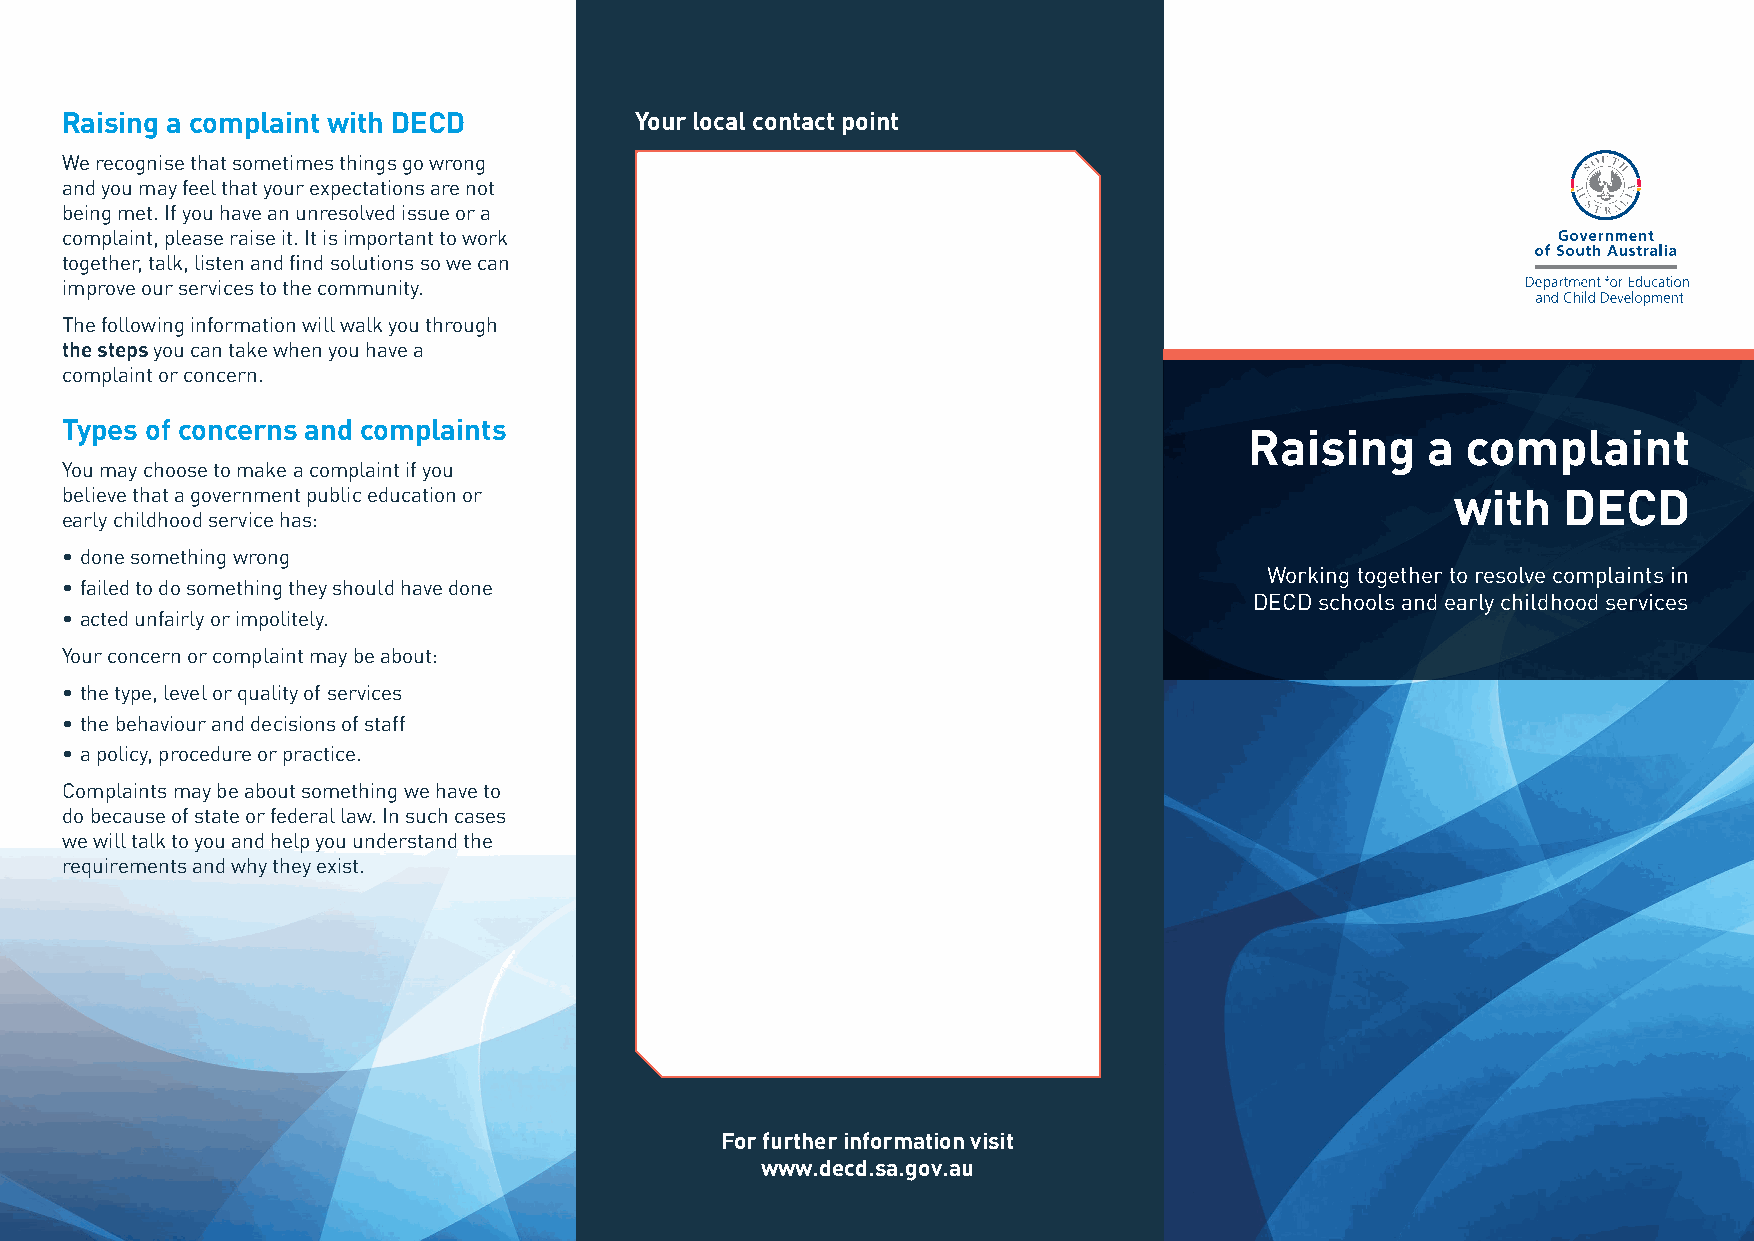
Raising a complaint with DECD         Your local contact point
 We recognise that sometimes things go wrong
 and you may feel that your expectations are not
 being met. If you have an unresolved issue or a
 complaint, please raise it. It is important to work
 together, talk, listen and find solutions so we can
 improve our services to the community.
 The following information will walk you through
 the steps you can take when you have a
 complaint or concern.
 Types of concerns and complaints
 Raising    a  complaint
 You may choose to make a complaint if you
 believe that a government public education or                                               with   DECD
 early childhood service has:
 • done something wrong
 Working together to resolve complaints in
 • failed to do something they should have done
 DECD schools and early childhood services
 • acted unfairly or impolitely.
 Your concern or complaint may be about:
 • the type, level or quality of services
 • the behaviour and decisions of staff
 • a policy, procedure or practice.
 Complaints may be about something we have to
 do because of state or federal law. In such cases
 we will talk to you and help you understand the
 requirements and why they exist.
 For further information visit
 www.decd.sa.gov.au